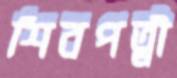
শিবপত্নী